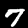
Label: 7